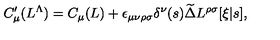
C _ { \mu } ^ { \prime } ( L ^ { \Lambda } ) = C _ { \mu } ( L ) + \epsilon _ { \mu \nu \rho \sigma } \delta ^ { \nu } ( s ) \widetilde \Delta L ^ { \rho \sigma } [ \xi | s ] ,